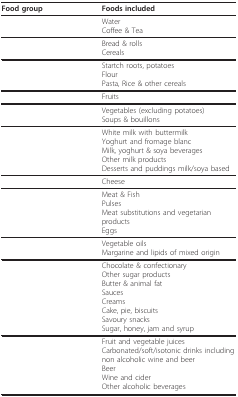
<table><thead><tr><td><b>Food group</b></td><td><b>Foods included</b></td></tr></thead><tbody><tr><td>[EMPTY_CELL]</td><td>WaterCoffee &amp; Tea</td></tr><tr><td>[EMPTY_CELL]</td><td>Bread &amp; rollsCereals</td></tr><tr><td>[EMPTY_CELL]</td><td>Startch roots, potatoesFlourPasta, Rice &amp; other cereals</td></tr><tr><td>[EMPTY_CELL]</td><td>Fruits</td></tr><tr><td>[EMPTY_CELL]</td><td>Vegetables (excluding potatoes)Soups &amp; bouillons</td></tr><tr><td>[EMPTY_CELL]</td><td>White milk with buttermilkYoghurt and fromage blancMilk, yoghurt &amp; soya beveragesOther milk productsDesserts and puddings milk/soya based</td></tr><tr><td>[EMPTY_CELL]</td><td>Cheese</td></tr><tr><td>[EMPTY_CELL]</td><td>Meat &amp; FishPulsesMeat substitutions and vegetarian productsEggs</td></tr><tr><td>[EMPTY_CELL]</td><td>Vegetable oilsMargarine and lipids of mixed origin</td></tr><tr><td>[EMPTY_CELL]</td><td>Chocolate &amp; confectionaryOther sugar productsButter &amp; animal fatSaucesCreamsCake, pie, biscuitsSavoury snacksSugar, honey, jam and syrup</td></tr><tr><td>[EMPTY_CELL]</td><td>Fruit and vegetable juicesCarbonated/soft/isotonic drinks including non alcoholic wine and beerBeerWine and ciderOther alcoholic beverages</td></tr></tbody></table>